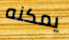
يمكنه